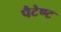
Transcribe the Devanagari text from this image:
पैटेण्ट